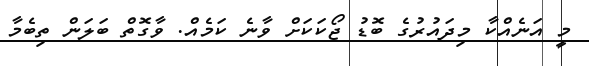
މީ އަނެއްކާ މިދައުރުގެ ބޮޑު ޖޯކަކަށް ވާނެ ކަމެއް. ވާގޮތް ބަލަން ތިބެމާ